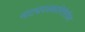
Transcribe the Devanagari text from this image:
नाट्यपत्रकारितेतील